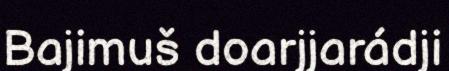
Bajimuš doarjjarádji